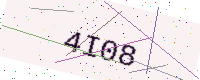
Text: 4I08